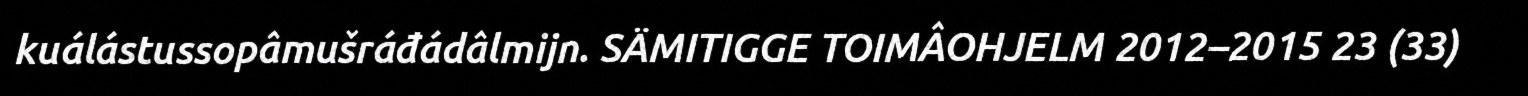
kuálástussopâmušráđádâlmijn. SÄMITIGGE TOIMÂOHJELM 2012–2015 23 (33)